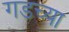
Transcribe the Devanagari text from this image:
गडच्या